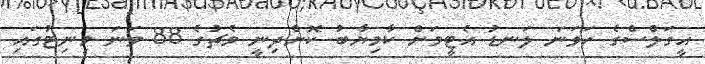
އީގަލްސްގެ ހަވަނަ ލަނޑު އެޓީމަށް ކާމިޔާބު ކޮށްދިނީ މެޗުގެ 88 ވަނަ މިނިޓުގައި